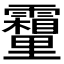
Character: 𮡣